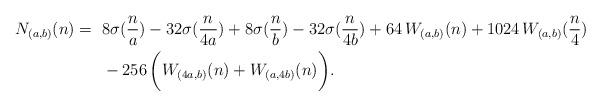
LaTeX: \begin{align*}N_{(a,b)}(n) = ~ & 8\sigma(\frac{n}{a}) - 32\sigma(\frac{n}{4a}) + 8\sigma(\frac{n}{b}) - 32\sigma(\frac{n}{4b}) + 64\, W_{(a,b)}(n) + 1024\, W_{(a,b)}(\frac{n}{4}) \\ & - 256\, \biggl( W_{(4a,b)}(n) + W_{(a,4b)}(n) \biggr). \end{align*}